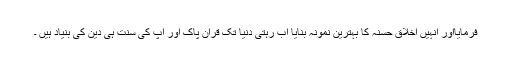
فرمایااور انہیں اَخلاقِ حسنہ کا بہترین نمونہ بنایا اب رہتی دنیا تک قرآنِ پاک اور آپ کی سنت ہی دین کی بنیاد ہیں ۔